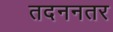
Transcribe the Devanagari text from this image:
तदननतर